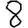
Digit: 8